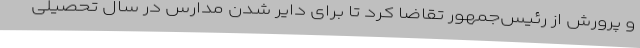
و پرورش از رئیس‌جمهور تقاضا کرد تا برای دایر شدن مدارس در سال تحصیلی